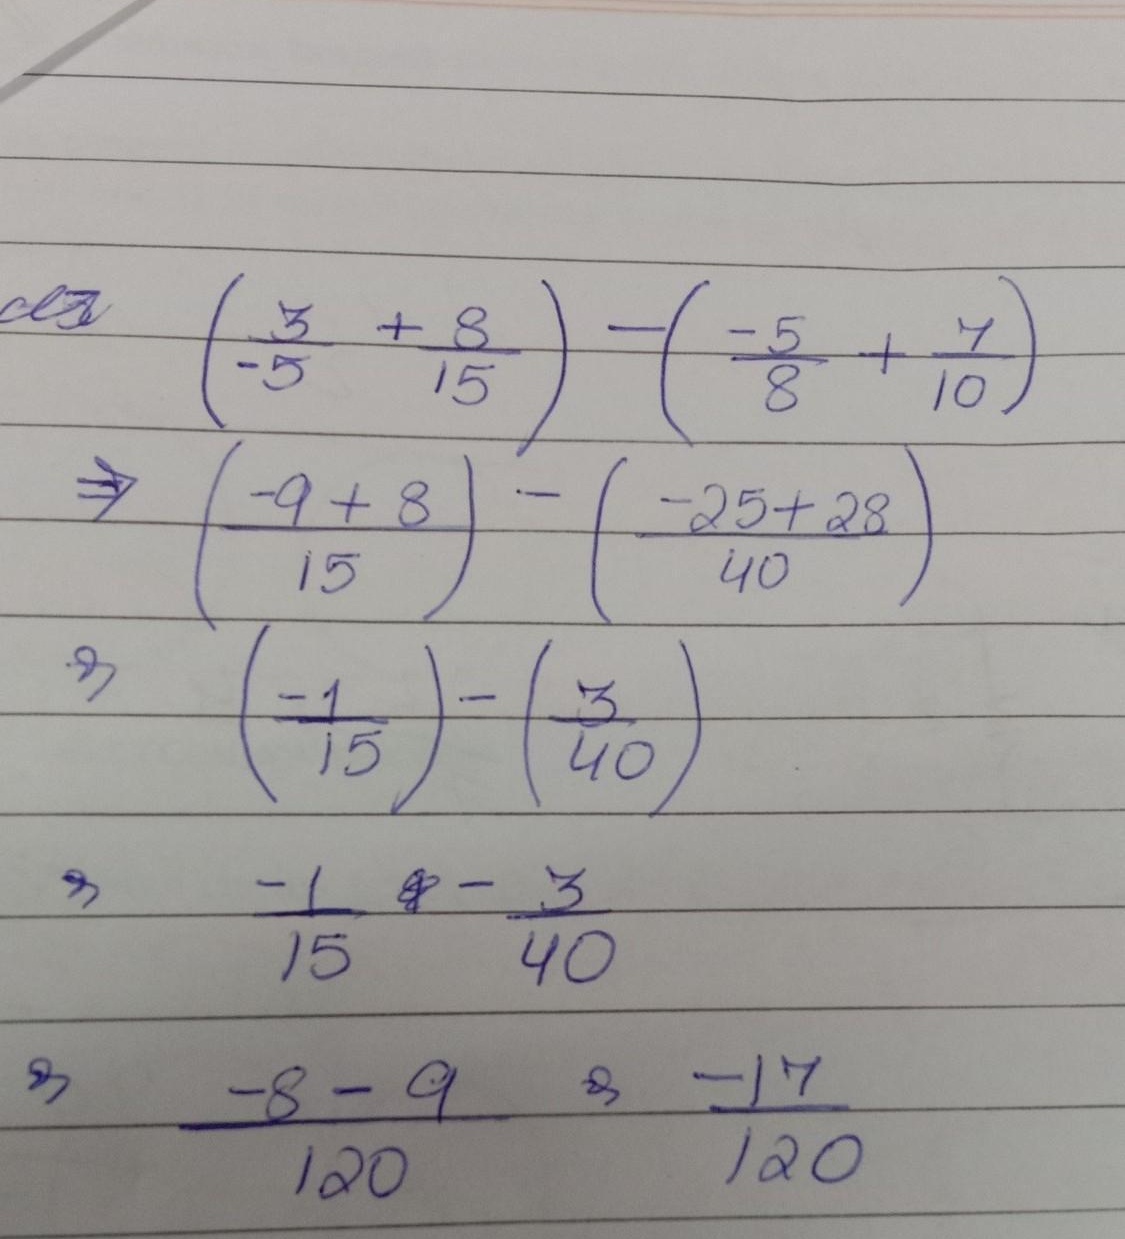
\[
\begin{align*}
&\left(\frac{3}{-5}+\frac{8}{15}\right)-\left(\frac{-5}{8}+\frac{7}{10}\right)\\
\Rightarrow&\left(\frac{-9 + 8}{15}\right)-\left(\frac{-25 + 28}{40}\right)\\
\Rightarrow&\left(\frac{-1}{15}\right)-\left(\frac{3}{40}\right)\\
\Rightarrow&\frac{-1}{15}-\frac{3}{40}\\
\Rightarrow&\frac{-8 - 9}{120}\Rightarrow\frac{-17}{120}
\end{align*}
\]